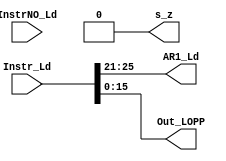
module LoadOPP(
input  wire [31:0] Instr_Ld,
input  wire [31:0] InstrNO_Ld,

//--regfile
output reg  [4:0]  AR1_Ld,

//--ALU
output reg  [15:0]  Out_LOPP,
output reg         s_z
);


always@(Instr_Ld,InstrNO_Ld)
begin
      Out_LOPP = Instr_Ld[15:0];
      AR1_Ld   = Instr_Ld[25:21];       
      s_z = 0; 

end



endmodule